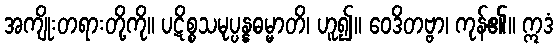
အကျိုးတရားတို့ကို။ ပဋိစ္စသမုပ္ပန္နဓမ္မာတိ၊ ဟူ၍။ ဝေဒိတဗ္ဗာ၊ ကုန်၏။ ဣဒံ